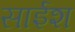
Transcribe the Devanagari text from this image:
साईश